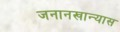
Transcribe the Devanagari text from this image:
जनानखान्यास